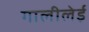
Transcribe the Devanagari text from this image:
गालीलेई